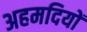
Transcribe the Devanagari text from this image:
अहमदियों